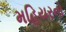
મહિયરનો